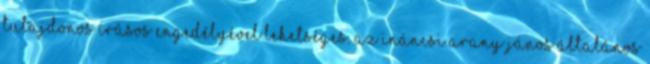
tulajdonos írásos engedélyével lehetséges. Az ináncsi Arany János Általános